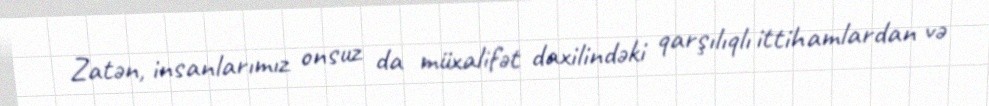
Zatən, insanlarımız onsuz da müxalifət daxilindəki qarşılıqlı ittihamlardan və